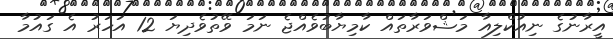
އީރާނުގެ ނިއުކްލިއާ މަޝްވަރާތައް ކާމިޔާބުވެއްޖެ ނަމަ ވޭތުވެދިޔަ 12 އަހަރު އެ ގައުމާ